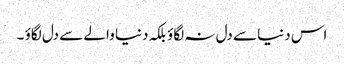
اس دنیا سے دل نہ لگاؤ بلکہ دنیا والے سے دل لگاؤ ۔